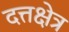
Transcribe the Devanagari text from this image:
दत्तक्षेत्र